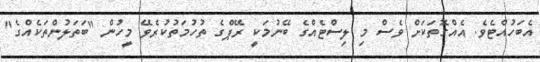
އެބަހުއްޓެވެ. އެއްގޮތަކަށް ވެސް މި ލިސްޓެއްގެ ބޭނުމަކީ ރޭޕްގެ ތުހުމަތުކުރެވޭ މީހުން "ބަތަލުންތަކެއްގެ"